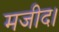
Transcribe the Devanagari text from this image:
मजीद।